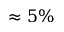
\approx 5 \%